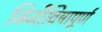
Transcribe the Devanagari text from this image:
जिजीविषापूर्ण